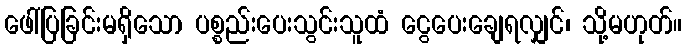
ဖေါ်ပြခြင်းမရှိသော ပစ္စည်းပေးသွင်းသူထံ ငွေပေးချေရလျှင်၊ သို့မဟုတ်။